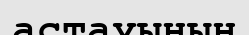
астауының